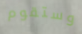
وستقوم